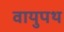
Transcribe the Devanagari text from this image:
वायुपथ